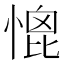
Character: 𢞗